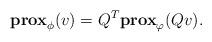
LaTeX: \begin{align*}\mathbf{prox}_{\phi}(v) = Q^T\mathbf{prox}_{\varphi}(Qv).\end{align*}